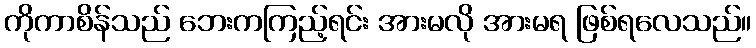
ကိုကာစိန်သည် ဘေးကကြည့်ရင်း အားမလို အားမရ ဖြစ်ရလေသည်။